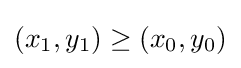
(x_{1},y_{1})\geq (x_{0},y_{0})